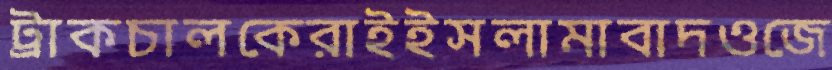
ট্রাকচালকেরাইইসলামাবাদওজে